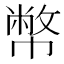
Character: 幣